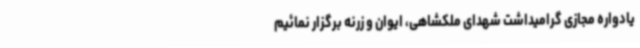
یادواره مجازی گرامیداشت شهدای ملکشاهی، ایوان و زرنه برگزار نمائیم